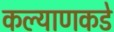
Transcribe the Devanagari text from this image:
कल्याणकडे